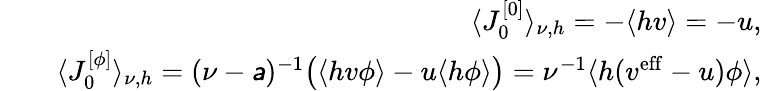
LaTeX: \begin{array}{rlr}&{}&{\langle J_{0}^{[0]}\rangle_{\nu,h}=-\langle hv\rangle=-u,}\\ &{}&{\langle J_{0}^{[\phi]}\rangle_{\nu,h}=(\nu-\mathsfit{a})^{-1}\big(\langle hv\phi\rangle-u\langle h\phi\rangle\big)=\nu^{-1}\langle h(v^{\mathrm{eff}}-u)\phi\rangle,}\end{array}